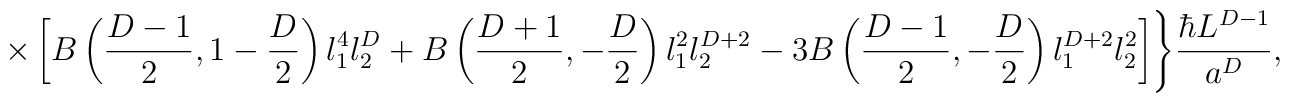
\times\left[ B\left({D-1\over 2},1-{D\over 2}\right) l_1^4 l_2^D + B\left({D+1\over 2},-{D\over 2}\right) l_1^2 l_2^{D+2}- 3B\left({D-1\over 2},-{D\over 2}\right) l_1^{D+2} l_2^2 \right] \Biggr\}{\hbar L^{D-1}\over a^D},